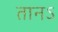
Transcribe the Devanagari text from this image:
तानऽ